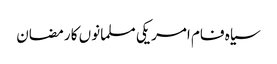
سیاہ فام امریکی مسلمانوں کا رمضان